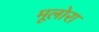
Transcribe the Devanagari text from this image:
मूलोरा